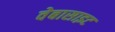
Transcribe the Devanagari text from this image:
वेबासाइट